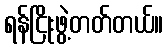
ရန်ငြိုးဖွဲ့တတ်တယ်။